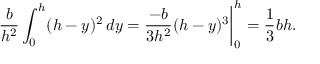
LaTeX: { \frac { b } { h ^ { 2 } } } \int _ { 0 } ^ { h } ( h - y ) ^ { 2 } \, d y = { \frac { - b } { 3 h ^ { 2 } } } ( h - y ) ^ { 3 } { \bigg | } _ { 0 } ^ { h } = { \frac { 1 } { 3 } } b h .